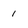
Character: 1